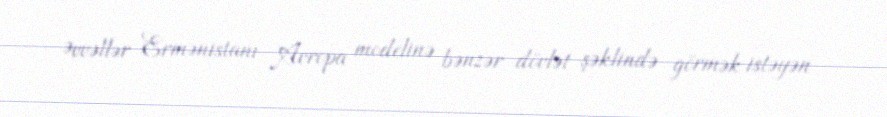
Əvvəllər Ermənistanı Avropa modelinə bənzər dövlət şəklində görmək istəyən